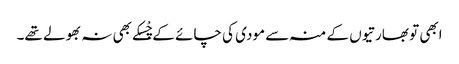
ابھی تو بھارتیوں کے منہ سے مودی کی چائے کے چْسکے بھی نہ بھولے تھے۔